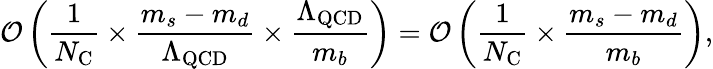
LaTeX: {\cal O}\left(\frac{1}{N_{\mathrm{C}}}\times\frac{m_{s}-m_{d}}{\Lambda_{\mathrm{QCD}}}\times\frac{\Lambda_{\mathrm{QCD}}}{m_{b}}\right)={\cal O}\left(\frac{1}{N_{\mathrm{C}}}\times\frac{m_{s}-m_{d}}{m_{b}}\right),